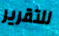
للتقرير